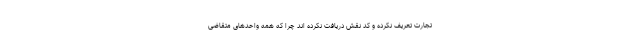
تجارت تعریف نکرده و کد نقش دریافت نکرده اند چرا که همه واحدهای متقاضی